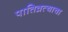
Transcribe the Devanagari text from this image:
पातिव्रत्याचा